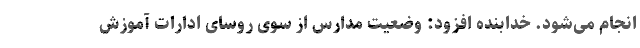
انجام می‌شود. خدابنده افزود: وضعیت مدارس از سوی روسای ادارات آموزش